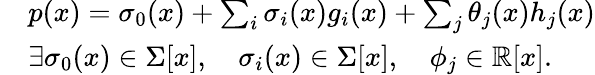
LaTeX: \begin{array}{rl}&{p(x)=\sigma_{0}(x)+\textstyle\sum_{i}{\sigma_{i}(x)g_{i}(x)}+\textstyle\sum_{j}{\theta_{j}(x)h_{j}(x)}}\\ &{\exists\sigma_{0}(x)\in\Sigma[x],\quad\sigma_{i}(x)\in\Sigma[x],\quad\phi_{j}\in\mathbb{R}[x].}\end{array}